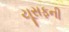
યૂસફની